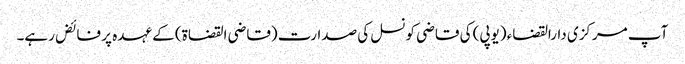
آپ مرکزی دارالقضاء (یوپی) کی قاضی کونسل کی صدارت (قاضی القضاۃ) کے عہدہ پر فائض رہے۔